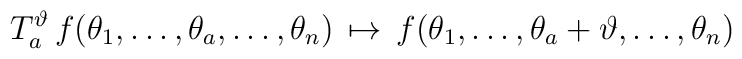
T_{a}^{\vartheta }\,f(\theta _{1},\ldots ,\theta _{a},\ldots ,\theta_{n})\,\mapsto \,f(\theta _{1},\ldots ,\theta _{a}+\vartheta ,\ldots ,\theta_{n})\,\,\,